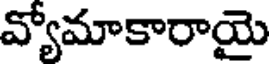
వ్యోమాకారాయై